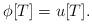
LaTeX: \begin{gather*} \phi[T]= u[T]. \end{gather*}